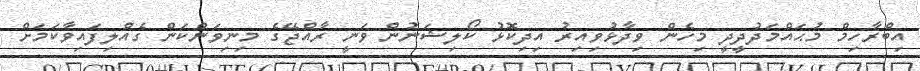
އިބްރާހިމް މުޙައްމަދުދީދީ މިހެން ވިދާޅުވިއިރު އިދިކޮޅު ކޯލިޝަނުން ވަނީ ރާއްޖޭގެ މިނިވަންކަން ގެއްލިފައިވާކަމަށް